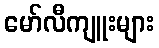
မော်လီကျူးများ